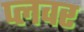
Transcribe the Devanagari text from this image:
प्लवर